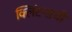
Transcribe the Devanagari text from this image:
क्लिंटनाची